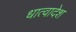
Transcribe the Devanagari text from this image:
धात्वादेश